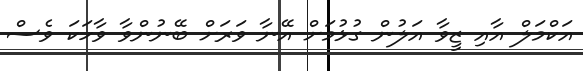
އަކްމަލް އާއި ޒީވާ އަލުން ގުޅުމަށް އޭނާ ވަރަށް ބޭނުންވާ ވާހަކަ ވެސް